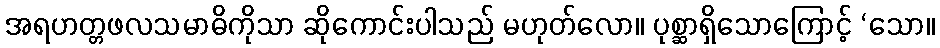
အရဟတ္တဖလသမာဓိကိုသာ ဆိုကောင်းပါသည် မဟုတ်လော။ ပုစ္ဆာရှိသောကြောင့် ‘သော။